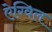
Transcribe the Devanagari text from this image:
ऐग्विल